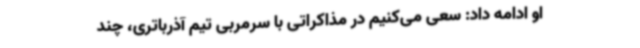
او ادامه داد: سعی می‌کنیم در مذاکراتی با سرمربی تیم آذرباتری، چند